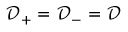
\mathcal { D } _ { + } = \mathcal { D } _ { - } = \mathcal { D }